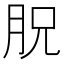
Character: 𦙿